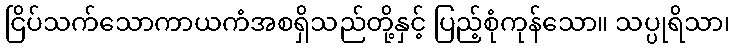
ငြိပ်သက်သောကာယကံအစရှိသည်တို့နှင့် ပြည့်စုံကုန်သော။ သပ္ပုရိသာ၊